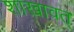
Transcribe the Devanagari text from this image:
शाखावत्